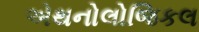
એથનોલોજિકલ